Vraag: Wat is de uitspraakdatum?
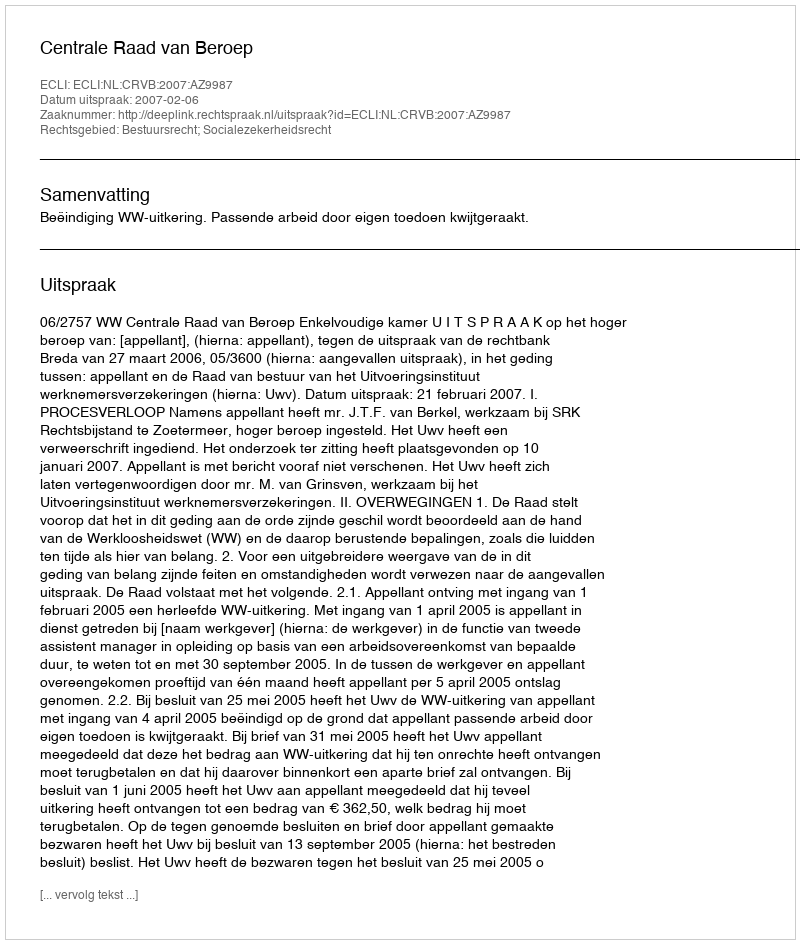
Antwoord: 2007-02-06